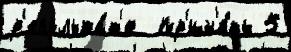
р'езульта́т'е  пр'ин'я́ть 5